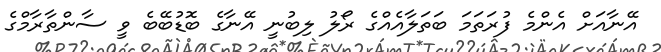
އޭނާއަށް އެންމެ ފުރަތަމަ ބަތަލާއެއްގެ ރޯލު ލިބުނީ އޭނާގެ ބޮޑުބޭބެ ވީ ސާންތާރާމްގެ